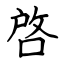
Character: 啓